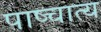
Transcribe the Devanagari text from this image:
पाष्चात्य